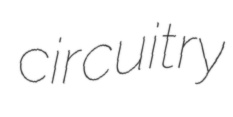
circuitry